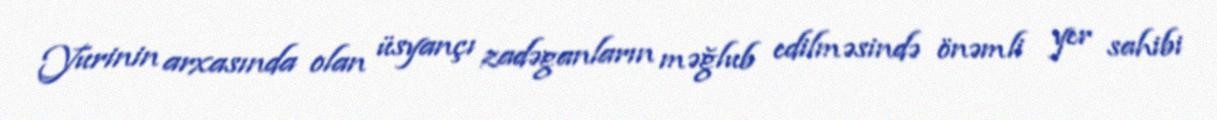
Yurinin arxasında olan üsyançı zadəganların məğlub edilməsində önəmli yer sahibi